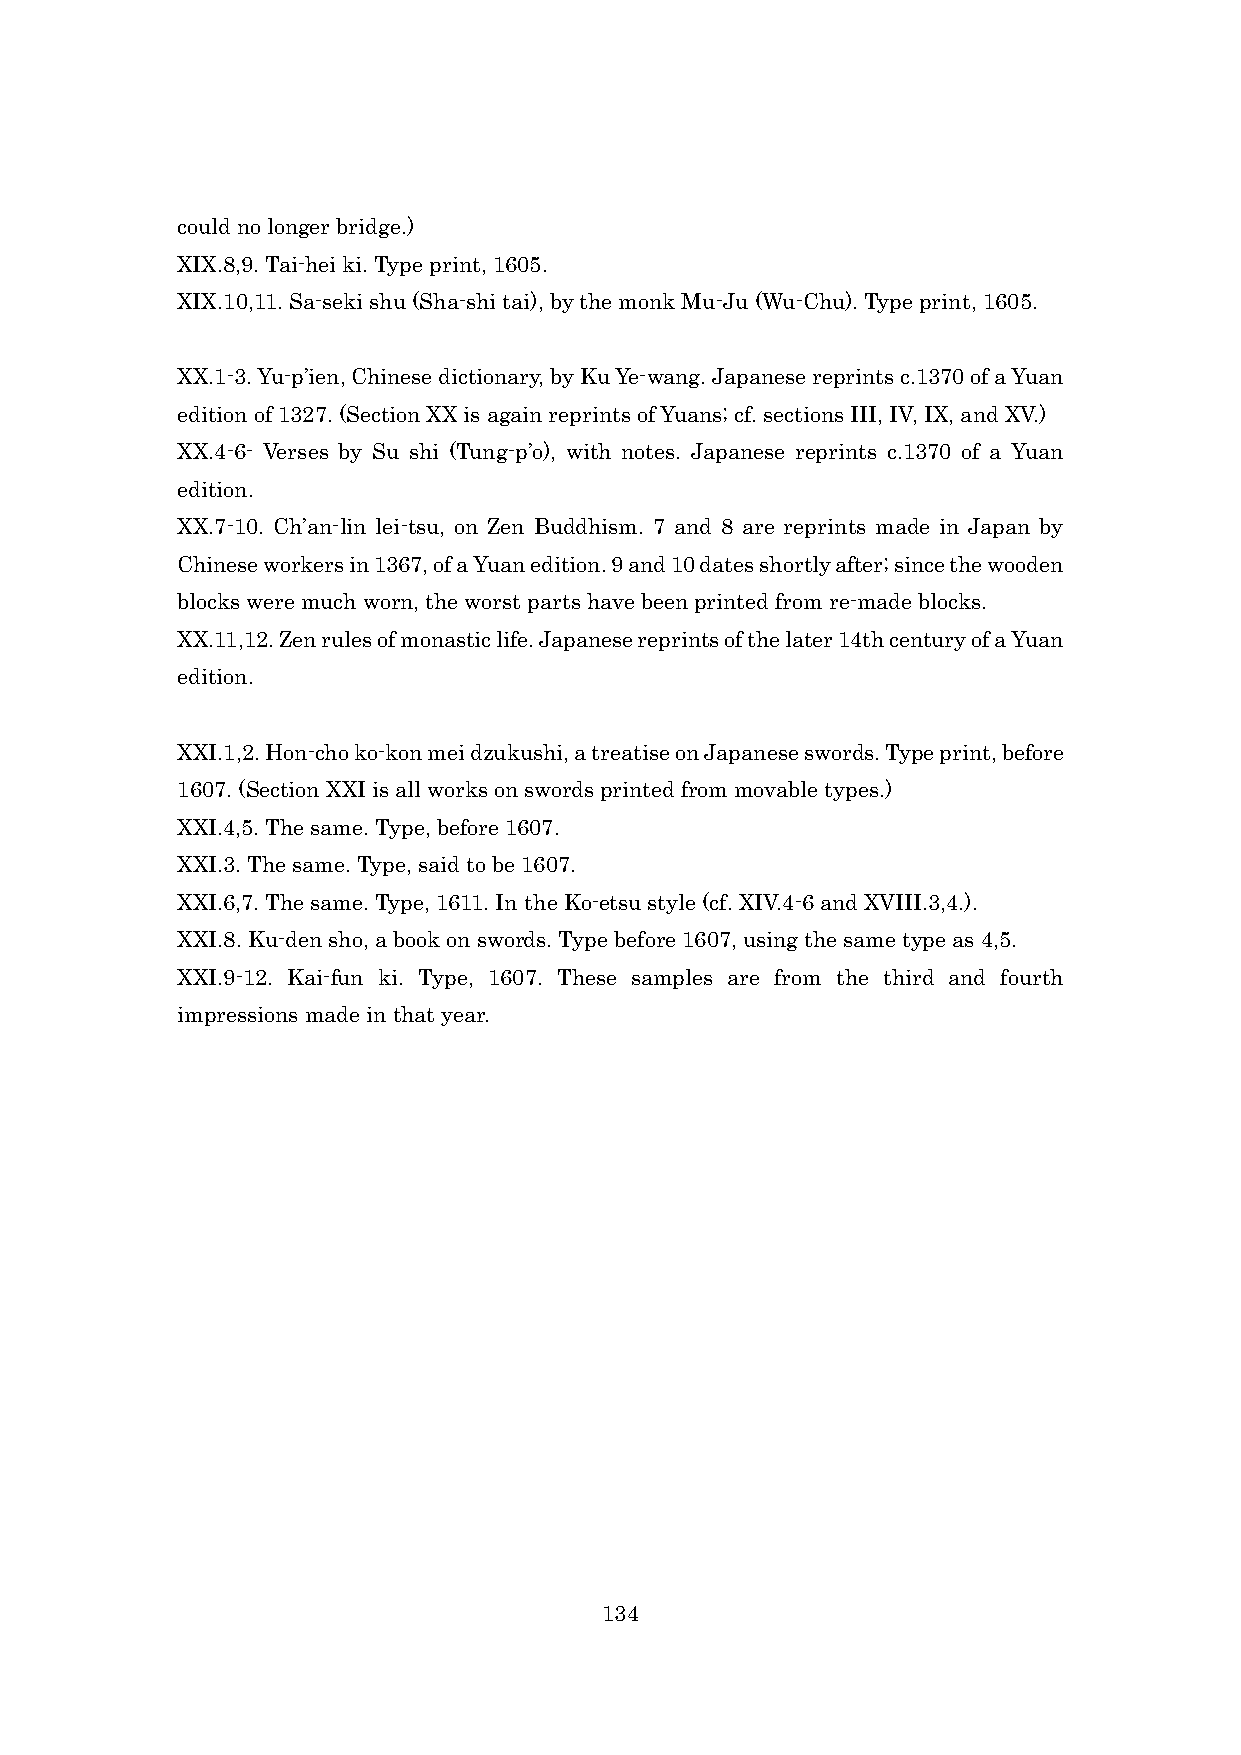
could no longer bridge.)
 XIX.8,9. Tai-hei ki. Type print, 1605.
 XIX.10,11. Sa-seki shu (Sha-shi tai), by the monk Mu-Ju (Wu-Chu). Type print, 1605.
 XX.1-3. Yu-p’ien, Chinese dictionary, by Ku Ye-wang. Japanese reprints c.1370 of a Yuan
 edition of 1327. (Section XX is again reprints of Yuans; cf. sections III, IV, IX, and XV.)
 XX.4-6- Verses by Su shi (Tung-p’o), with notes. Japanese reprints c.1370 of a Yuan
 edition.
 XX.7-10. Ch’an-lin lei-tsu, on Zen Buddhism. 7 and 8 are reprints made in Japan by
 Chinese workers in 1367, of a Yuan edition. 9 and 10 dates shortly after; since the wooden
 blocks were much worn, the worst parts have been printed from re-made blocks.
 XX.11,12. Zen rules of monastic life. Japanese reprints of the later 14th century of a Yuan
 edition.
 XXI.1,2. Hon-cho ko-kon mei dzukushi, a treatise on Japanese swords. Type print, before
 1607. (Section XXI is all works on swords printed from movable types.)
 XXI.4,5. The same. Type, before 1607.
 XXI.3. The same. Type, said to be 1607.
 XXI.6,7. The same. Type, 1611. In the Ko-etsu style (cf. XIV.4-6 and XVIII.3,4.).
 XXI.8. Ku-den sho, a book on swords. Type before 1607, using the same type as 4,5.
 XXI.9-12. Kai-fun ki. Type, 1607. These samples are from the third and fourth
 impressions made in that year.
 134